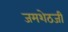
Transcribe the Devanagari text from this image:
जमशेठजी